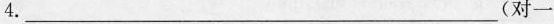
4. ___ (对一